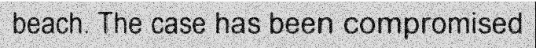
beach. The case has been compromised